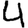
Digit: 4